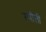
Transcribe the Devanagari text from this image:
स्पीत्ती